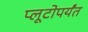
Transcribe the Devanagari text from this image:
प्लूटोपर्यंत